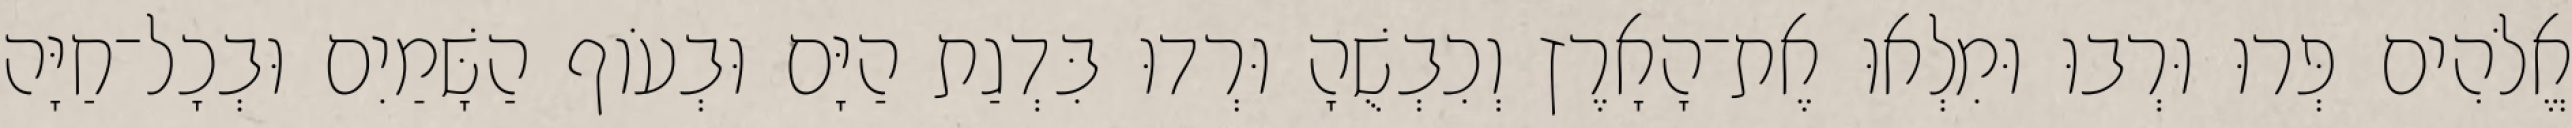
אֱלֹהִים פְּרוּ וּרְבוּ וּמִלְאוּ אֶת־הָאָרֶץ וְכִבְשֻׁהָ וּרְדוּ בִּדְגַת הַיָּם וּבְעֹוף הַשָּׁמַיִם וּבְכָל־חַיָּה